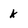
Character: k